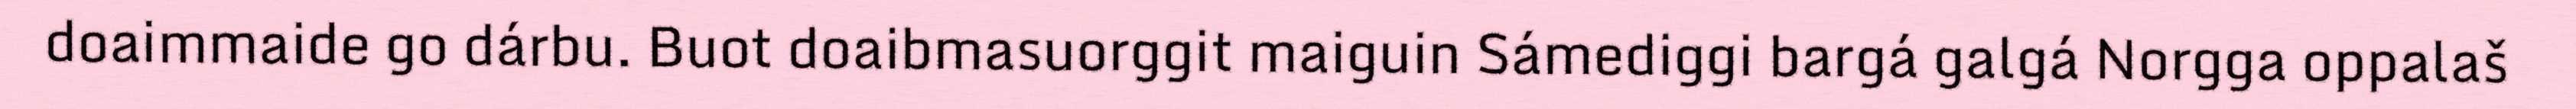
doaimmaide go dárbu. Buot doaibmasuorggit maiguin Sámediggi bargá galgá Norgga oppalaš